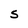
Character: S